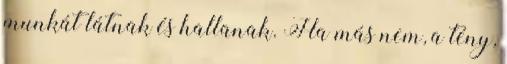
munkát látnak és hallanak. Ha más nem, a tény,